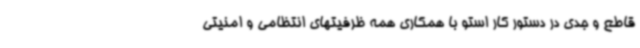
قاطع و جدی در دستور کار استو با همکاری همه ظرفیتهای انتظامی و امنیتی